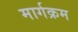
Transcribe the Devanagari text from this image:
मार्गक्रम